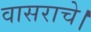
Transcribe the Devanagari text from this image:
वासराचे।